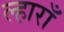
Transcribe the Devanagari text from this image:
ल्हाराँ